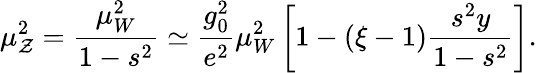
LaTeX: \mu_{\mathcal{Z}}^{2}={\frac{{\mu_{W}^{2}}}{{1-s^{2}}}}\simeq{\frac{{g_{0}^{2}}}{{e^{2}}}}\mu_{W}^{2}\left[1-(\xi-1){\frac{{s^{2}y}}{{1-s^{2}}}}\right].